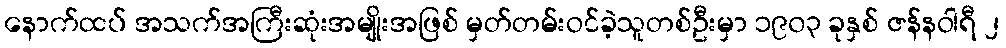
နောက်ထပ် အသက်အကြီးဆုံးအမျိုးအဖြစ် မှတ်တမ်းဝင်ခဲ့သူတစ်ဦးမှာ ၁၉၀၃ ခုနှစ် ဇန်နဝါရီ ၂